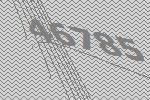
46785